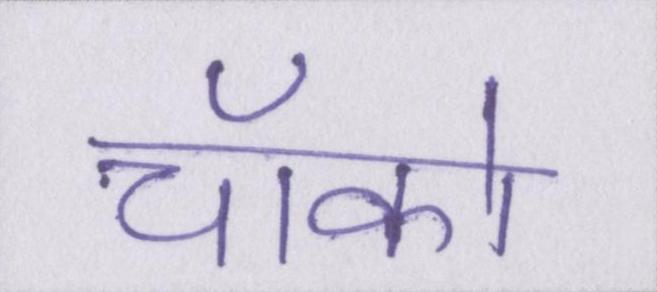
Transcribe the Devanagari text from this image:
चॉको